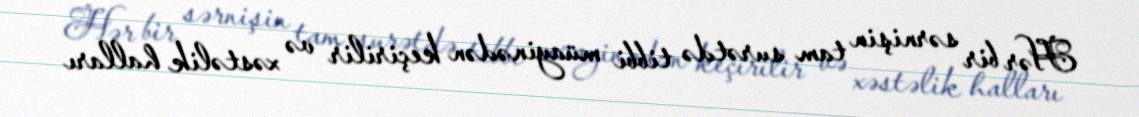
Hər bir sərnişin tam surətdə tibbi müayinədən keçirilir və xəstəlik halları